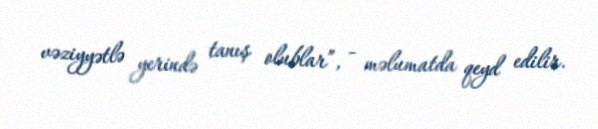
vəziyyətlə yerində tanış olublar”, - məlumatda qeyd edilir.